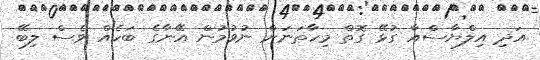
އަދި އިލްޔާސްއާ ގުޅޭ ގޮތް މިހާތަނަށް ނުވުމުން އޭނާގެ ބަހެއް ވެސް ލިބޭ